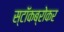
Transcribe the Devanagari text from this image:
स्टॉकब्रोकर